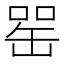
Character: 𦈯